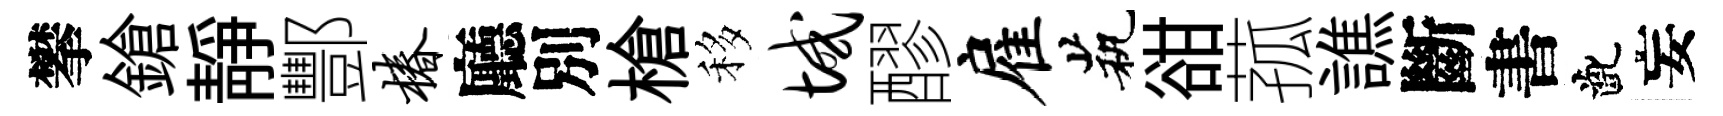
攀鎗静酆椿廳別槍移域醪雇茕𧮳菰譙斷書齔妄